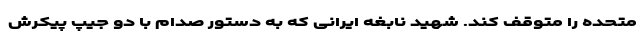
متحده را متوقف کند. شهید نابغه ایرانی که به دستور صدام با دو جیپ پیکرش